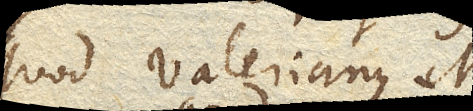
quod Valerianus M.